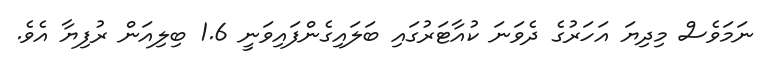
ނަމަވެސް މިދިޔަ އަހަރުގެ ދެވަނަ ކުއާޓަރުގައި ބަލައިގެންފައިވަނީ 1.6 ބިލިއަން ރުފިޔާ އެވެ.